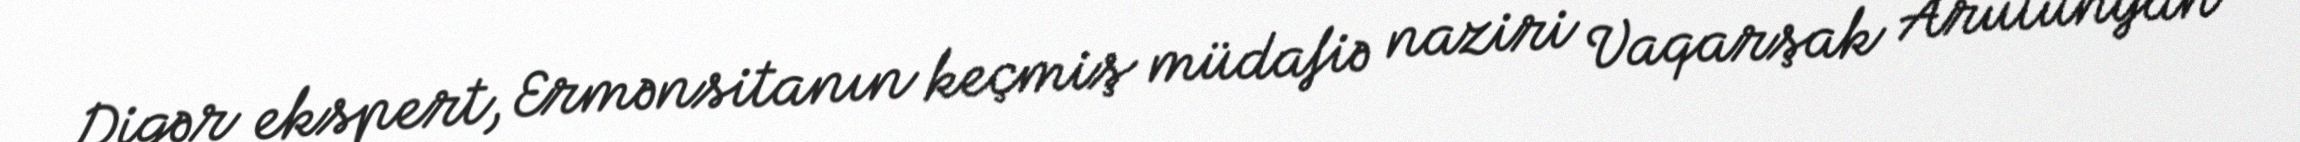
Digər ekspert, Ermənsitanın keçmiş müdafiə naziri Vaqarşak Arutunyan